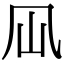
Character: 𠘳